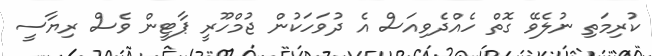
ކުރިމަތި ނުލެވޭ ގޮތް ހެއްދެވިއަސް އެ ދުވަހަކުން ޖުމްހޫރީ ޕާޓީން ވެސް ރިޔާސީ